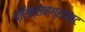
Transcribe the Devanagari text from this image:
प्रिन्सेनग्राख्ट